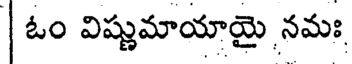
| ఓం విష్ణుమాయాయై నమః